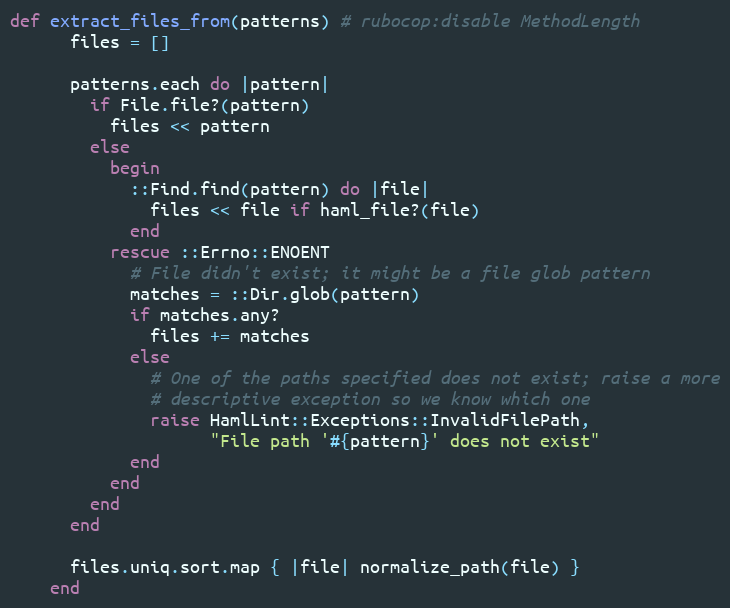
Language: Ruby
def extract_files_from(patterns) # rubocop:disable MethodLength
      files = []

      patterns.each do |pattern|
        if File.file?(pattern)
          files << pattern
        else
          begin
            ::Find.find(pattern) do |file|
              files << file if haml_file?(file)
            end
          rescue ::Errno::ENOENT
            # File didn't exist; it might be a file glob pattern
            matches = ::Dir.glob(pattern)
            if matches.any?
              files += matches
            else
              # One of the paths specified does not exist; raise a more
              # descriptive exception so we know which one
              raise HamlLint::Exceptions::InvalidFilePath,
                    "File path '#{pattern}' does not exist"
            end
          end
        end
      end

      files.uniq.sort.map { |file| normalize_path(file) }
    end